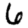
Digit: 6